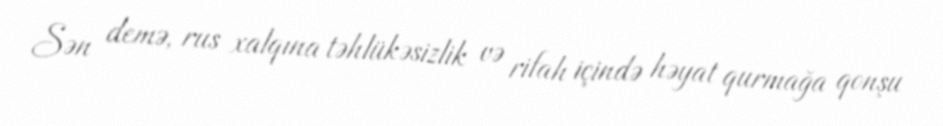
Sən demə, rus xalqına təhlükəsizlik və rifah içində həyat qurmağa qonşu